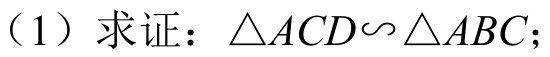
（1）求证：\(\triangle ACD\backsim\triangle ABC\)；